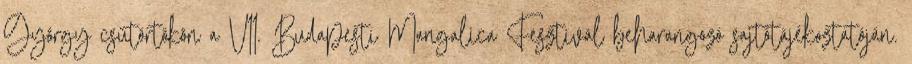
György csütörtökön a VII. Budapesti Mangalica Fesztivál beharangozó sajtótájékoztatóján.